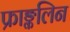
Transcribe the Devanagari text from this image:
फ्राङ्कलिन